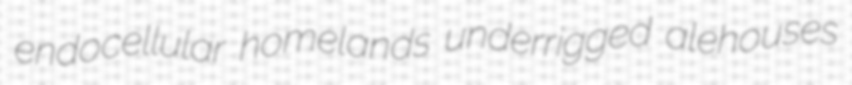
endocellular homelands underrigged alehouses